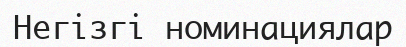
Негізгі номинациялар